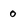
Character: o